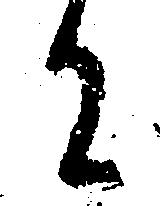
に